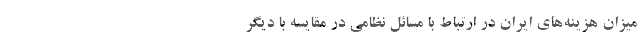
میزان هزینه‌های ایران در ارتباط با مسائل نظامی در مقایسه با دیگر